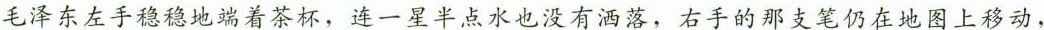
毛泽东左手稳稳地端着茶杯，连一星半点水也没有洒落，右手的那支笔仍在地图上移动，